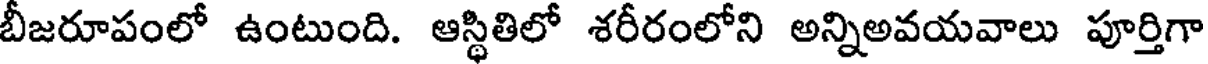
బీజరూపంలో ఉంటుంది. ఆస్థితిలో శరీరంలోని అన్నిఅవయవాలు పూర్తిగా